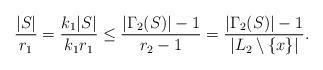
LaTeX: \begin{align*}\frac{|S|}{r_{1}}=\frac{k_{1}|S|}{k_{1}r_{1}}\le \frac{|\Gamma_2(S)|-1}{r_2-1}=\frac{|\Gamma_2(S)|-1}{|L_2\setminus \{x\}|}.\end{align*}